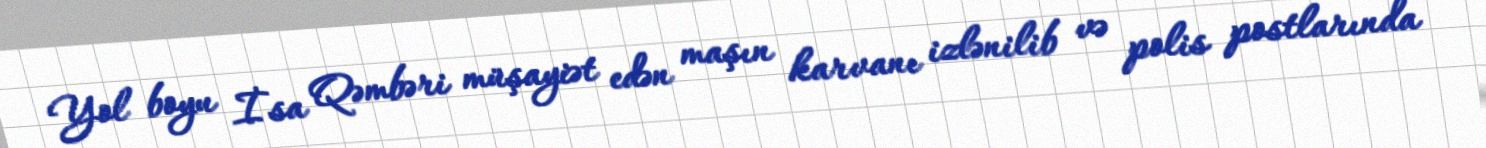
Yol boyu İsa Qəmbəri müşayiət edən maşın karvanı izlənilib və polis postlarında